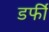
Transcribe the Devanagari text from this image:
डर्फी